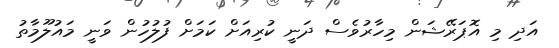
އަދި މި އޮޕަރޭޝަން މިހާރުވެސް ދަނީ ކުރިއަށް ކަަމަށް ފުލުހުން ވަނީ މައުލޫމާތު